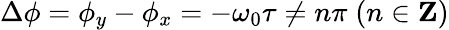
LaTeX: \Delta\phi=\phi_{y}-\phi_{x}=-\omega_{0}\tau\neq n\pi\; (n\in\mathbf{Z})